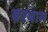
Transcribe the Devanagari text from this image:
वरयाम